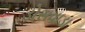
ડોસવાડા